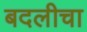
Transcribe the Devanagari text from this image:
बदलीचा